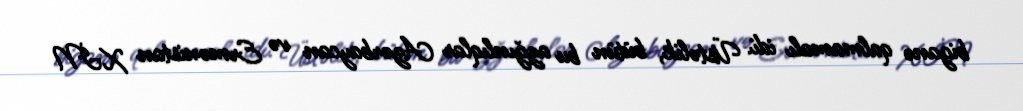
biganə qalmamalı idi. Üstəlik, bütün bu azğınlıqlar Azərbaycan və Ermənistan XİN